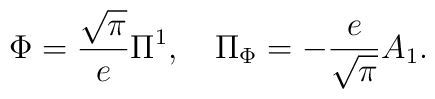
\Phi={\sqrt\pi\over e}\Pi^1,~~~\Pi_\Phi=-{e\over\sqrt\pi}A_1.